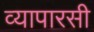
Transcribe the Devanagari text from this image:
व्यापारसी